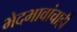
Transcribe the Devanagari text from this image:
भेदभावांचाही